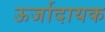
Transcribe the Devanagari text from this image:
ऊर्जादायक